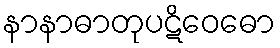
နာနာဓာတုပဋိဝေဓော